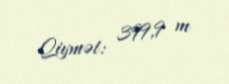
Qiymət: 399,9 m